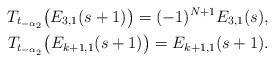
LaTeX: \begin{align*}T_{t_{-\alpha_2}}\big(E_{3,1}(s+1)\big) = (-1)^{N+1}E_{3,1}(s), \\T_{t_{-\alpha_2}}\big(E_{k+1,1}(s+1)\big) = E_{k+1,1}(s+1) . \end{align*}